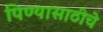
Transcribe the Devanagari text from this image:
पिण्यासाठीचे